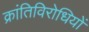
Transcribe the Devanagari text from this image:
क्रांतिविरोधियों